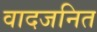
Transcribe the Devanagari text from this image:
वादजनित